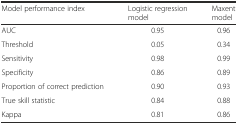
<table><thead><tr><td><b>Model performance index</b></td><td><b>Logistic regression model</b></td><td><b>Maxent model</b></td></tr></thead><tbody><tr><td>AUC</td><td>0.95</td><td>0.96</td></tr><tr><td>Threshold</td><td>0.05</td><td>0.34</td></tr><tr><td>Sensitivity</td><td>0.98</td><td>0.99</td></tr><tr><td>Specificity</td><td>0.86</td><td>0.89</td></tr><tr><td>Proportion of correct prediction</td><td>0.90</td><td>0.93</td></tr><tr><td>True skill statistic</td><td>0.84</td><td>0.88</td></tr><tr><td>Kappa</td><td>0.81</td><td>0.86</td></tr></tbody></table>